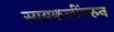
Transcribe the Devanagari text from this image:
सायकलींवरुन